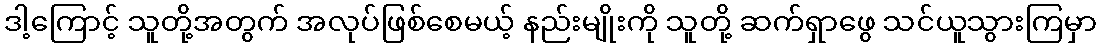
ဒါ့ကြောင့် သူတို့အတွက် အလုပ်ဖြစ်စေမယ့် နည်းမျိုးကို သူတို့ ဆက်ရှာဖွေ သင်ယူသွားကြမှာ